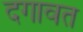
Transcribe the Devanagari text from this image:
दगावत